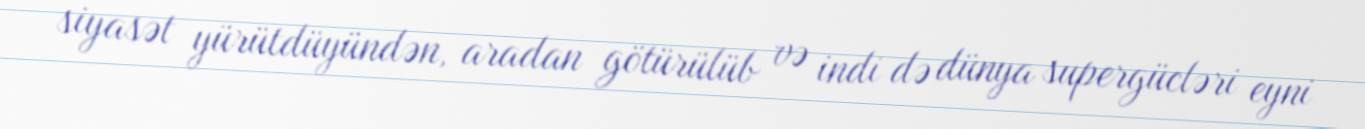
siyasət yürütdüyündən, aradan götürülüb və indi də dünya supergücləri eyni